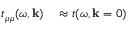
\begin{array} { r l } { t _ { \mu \mu } ( \omega , \mathbf { k } ) } & { { } \approx t ( \omega , \mathbf { k } = 0 ) } \end{array}